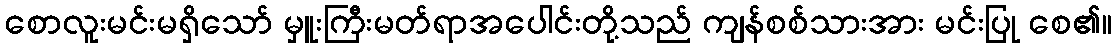
စောလူးမင်းမရှိသော် မှူးကြီးမတ်ရာအပေါင်းတို့သည် ကျန်စစ်သားအား မင်းပြု စေ၏။